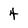
Character: 4